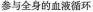
参与全身的血液循环